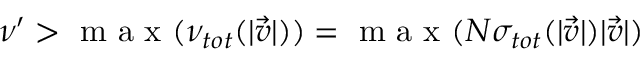
\nu ^ { \prime } > \textup { m a x } ( \nu _ { t o t } ( | \vec { v } | ) ) = \textup { m a x } ( N \sigma _ { t o t } ( | \vec { v } | ) | \vec { v } | )